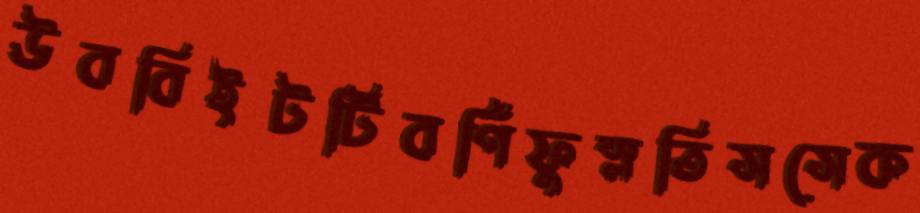
উববিইটটিবর্ণিফুস্‌লতিসসেক